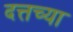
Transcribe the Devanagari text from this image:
दत्तच्या